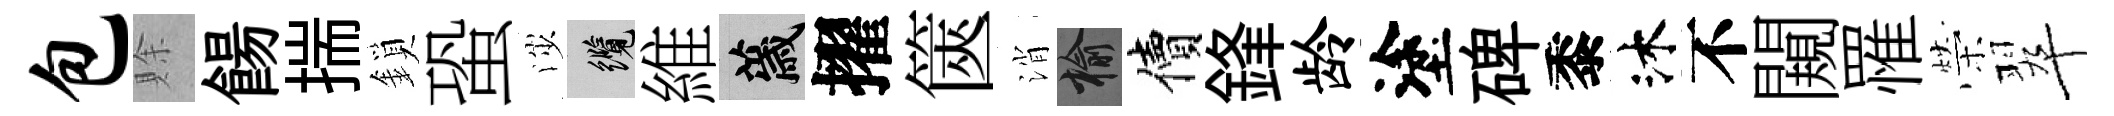
包賖餳揣鎖蛩渉纜維薉擢篋消榆價鋒龄塗碑黍沐不闚罹榮翠